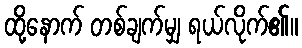
ထို့နောက် တစ်ချက်မျှ ရယ်လိုက်၏။